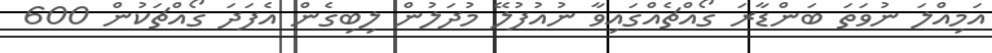
އަމިއްލަ ނުވަތަ ބަންޑާރަ ގޯއްޗެއްގައިވާ ނުއުފުލޭ މުދަލުން ލިބިގެން އެފަދަ ގޯއްޗަކުން 600